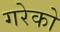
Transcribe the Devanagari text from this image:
गरेको